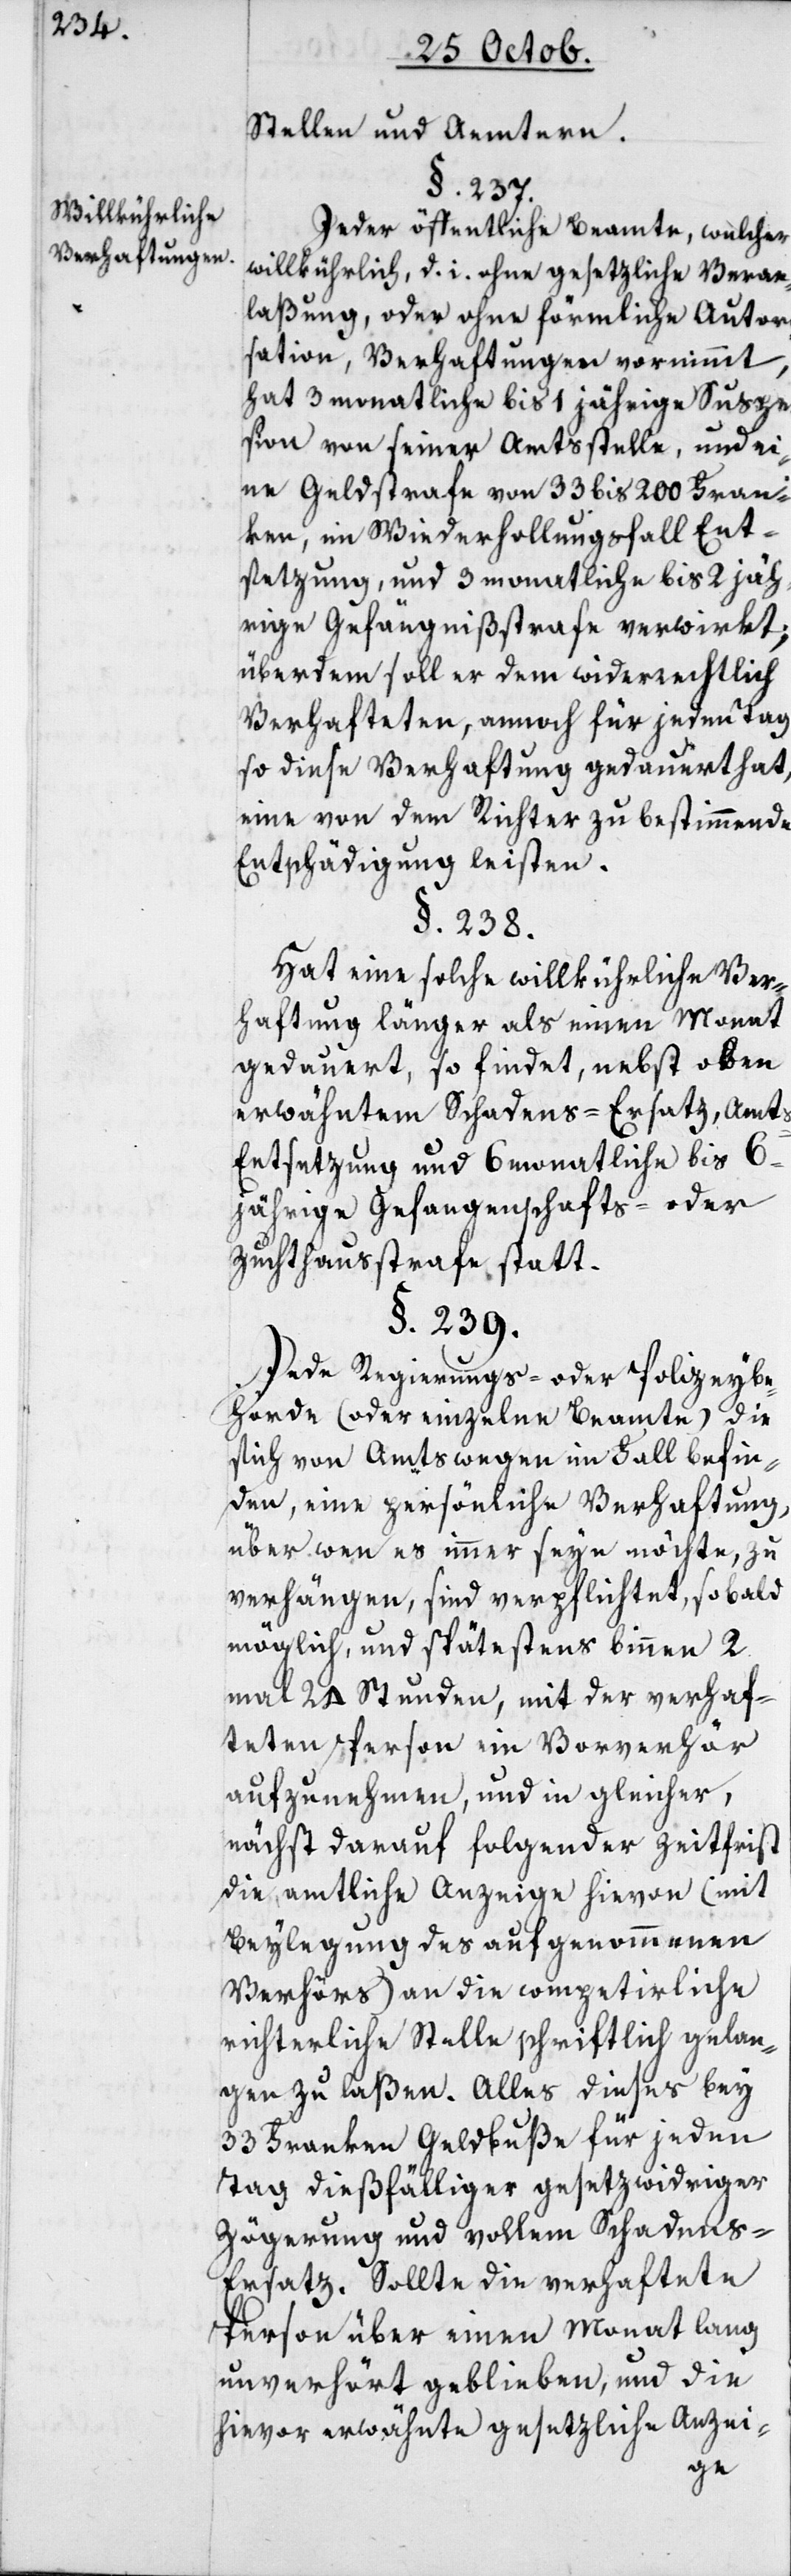
Willkührliche
Verhaftungen.

Stellen und Ämtern.
§. 237.
Jeder öffentliche Beamte, welcher
willkührlich, d. i. ohne gesetzliche Veran¬
laßung oder ohne förmliche Auto¬
r[i]sation, Verhaftungen vornimmt,
hat 3 monatliche bis 1 jährige Suspe¬
nsion von seiner Amtsstelle, und ei¬
ne Geldstrafe von 33 bis 200 Fran¬
ken, im Wiederholungsfall Ent¬
setzung und 3 monatliche bis 2 jäh¬
rige Gefängnißstrafe verwirkt;
überdem soll er dem widerrechtlich
Verhafteten, annoch für jeden Tag,
so diese Verhaftung gedauert hat,
eine von dem Richter zu bestimmende
Entschädigung leisten.
§. 238.
Hat eine solche willkührliche Ver¬
haftung länger als einen Monat
gedauert, so findet, nebst oben
erwähnten Schadens-Ersatz, Amt¬
s-Entsetzung und 6 monatliche bis 6
jährige Gefangenschafts- oder
Zuchthausstrafe statt.
§. 239.
Jede Regierungs- oder Polizeybe¬
hörde (oder einzelne Beamte), die
sich von Amtswegen im Fall befin¬
den, eine persönliche Verhaftung,
über wen es immer seyn möchte, zu
verhängen, sind verpflichtet, sobald
möglich und spätestens binnen 2
mal 24 Stunden, mit der verhaf¬
teten Person ein Vorverhör
aufzunehmen, und in gleicher,
nächst darauf folgender Zeitfrist,
die amtliche Anzeige hievon (mit
Beylegung des aufgenommenen
Verhörs) an die competierliche
richterliche Stelle schriftlich gelan¬
gen zu laßen. Alles dieses bey
33 Franken Geldbuße für jeden
Tag dießfälliger gesetzwidriger
Zögerung und vollem Schadens-E¬
rsatz. Sollte die verhaftete
Person über einen Monat lang
unverhört geblieben, und die
hievor erwähnte gesetzliche Anzei-